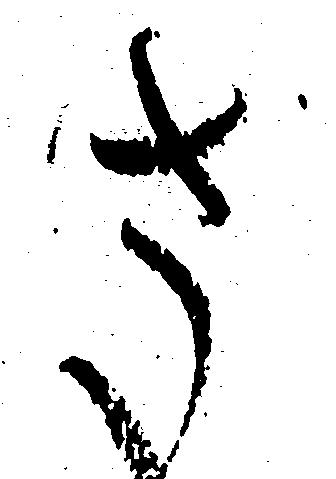
さ